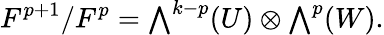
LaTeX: F^{p+1}/F^{p}={\textstyle\bigwedge}^{k-p}(U)\otimes{\textstyle\bigwedge}^{p}(W).